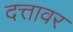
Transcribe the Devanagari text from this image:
दत्तावर